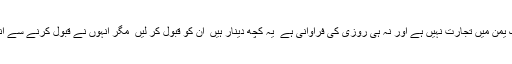
ہمارے ملک یمن میں تجارت نہیں ہے اور نہ ہی روزی کی فراوانی ہے ٗ یہ کچھ دینار ہیں ٗ ان کو قبول کر لیں ٗ مگر انہوں نے قبول کرنے سے انکار کر دیا۔